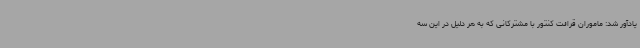
یادآور شد: ماموران قرائت کنتور با مشترکانی که به هر دلیل در این سه